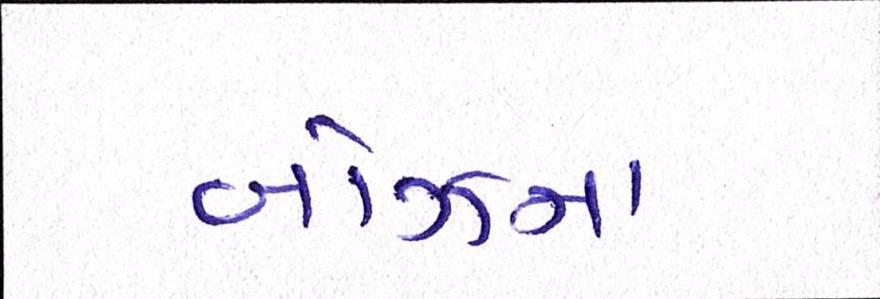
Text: બોઝનાં